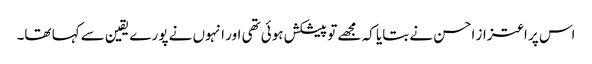
اس پر اعتزاز احسن نے بتایا کہ مجھے تو پیشکش ہوئی تھی اور انہوں نے پورے یقین سے کہا تھا۔